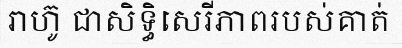
រាហ៊ូ ជាសិទ្ធិសេរីភាពរបស់គាត់